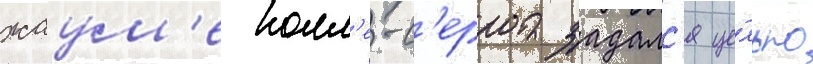
жаум'е колл'е-с'ерра задалс'я це́лью